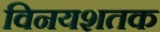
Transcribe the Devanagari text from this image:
विनयशतक